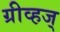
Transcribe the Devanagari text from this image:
ग्रीव्हज्